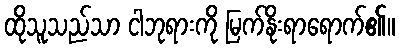
ထိုသူသည်သာ ငါဘုရားကို မြက်နိုးရာရောက်၏။